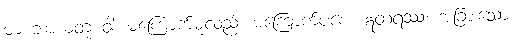
မာ ဘာယတု ဝါ၊ မကြောက်မူလည်း မကြောက်ပစေ။ ဣတရဿ၊ အခြားသော